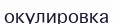
окулировка